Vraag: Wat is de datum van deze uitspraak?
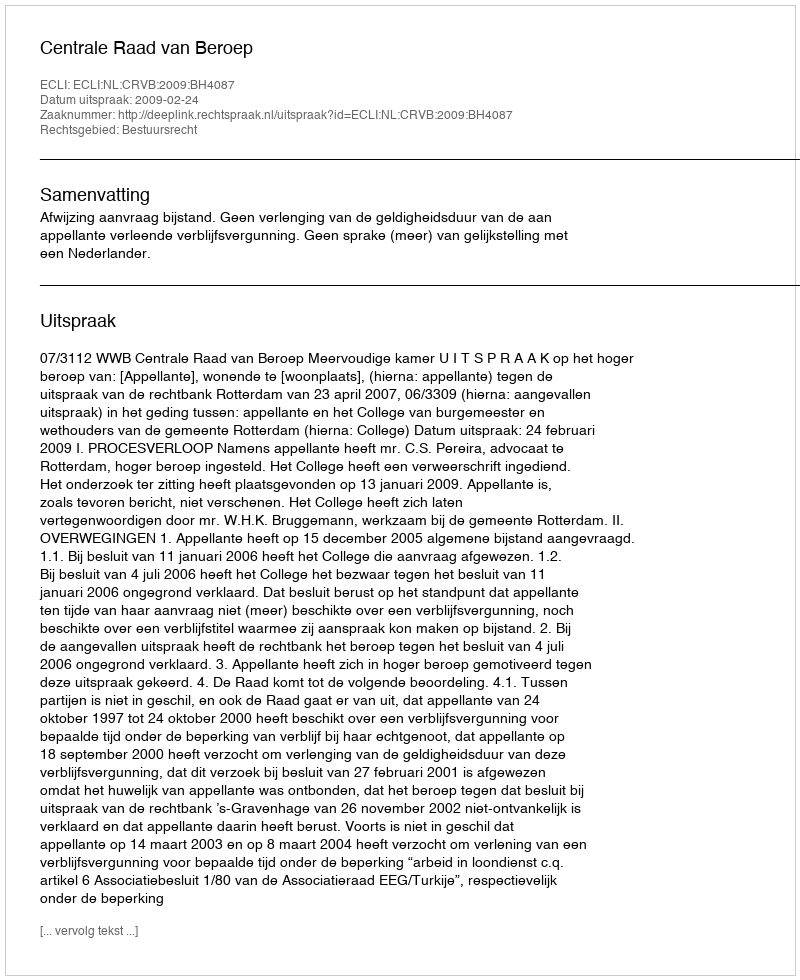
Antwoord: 2009-02-24